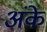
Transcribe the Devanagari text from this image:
अंके